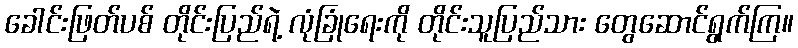
ခေါင်းဖြတ်ပစ် တိုင်းပြည်ရဲ့ လုံခြုံရေးကို တိုင်းသူပြည်သား တွေဆောင်ရွက်ကြ။